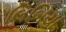
લિબિયા